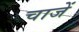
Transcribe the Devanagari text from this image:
चाजें